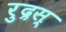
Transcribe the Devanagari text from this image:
रुद्रस्